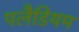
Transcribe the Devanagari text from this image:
पलैडियम